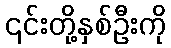
၎င်းတို့နှစ်ဦးကို